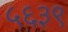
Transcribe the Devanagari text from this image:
५६३९